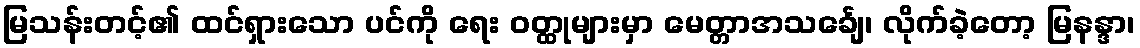
မြသန်းတင့်၏ ထင်ရှားသော ပင်ကို ရေး ဝတ္ထုများမှာ မေတ္တာအသင်္ချေ၊ လိုက်ခဲ့တော့ မြနန္ဒာ၊